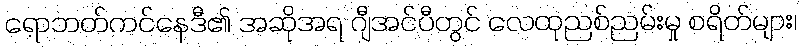
ရောဘတ်ကင်နေဒီ၏ အဆိုအရ ဂျီအင်ပီတွင် လေထုညစ်ညမ်းမှု စရိတ်များ၊